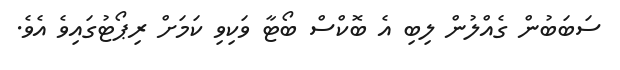
ސަބަބުން ގެއްލުން ލިބި އެ ބޮކްސް ބޯޓާ ވަކިވި ކަމަށް ރިޕޯޓުގައިވެ އެވެ.